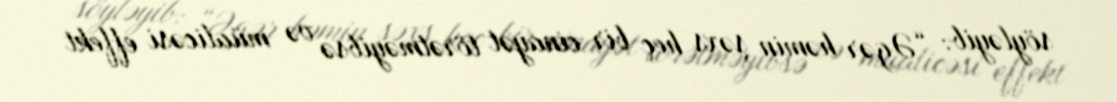
söyləyib: “Əgər həmin şəxs heç bir cinayət törətməyibsə və müalicəsi effekt